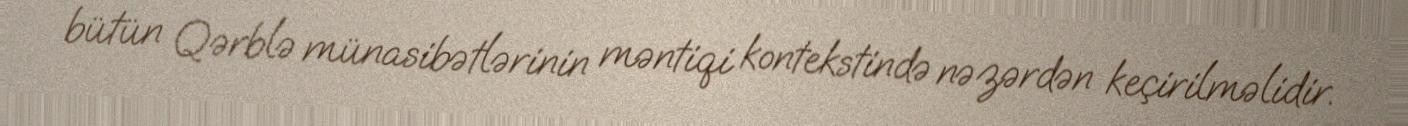
bütün Qərblə münasibətlərinin məntiqi kontekstində nəzərdən keçirilməlidir.